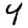
Digit: 4